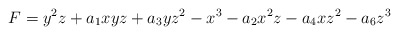
\begin{align*}F=y^2z+a_1xyz+a_3yz^2-x^3-a_2x^2z-a_4xz^2-a_6z^3\end{align*}